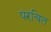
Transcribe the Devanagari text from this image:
परचित